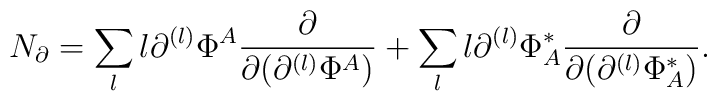
N_\partial=\sum_l l\partial^{(l)}\Phi^A\frac{\partial}{\partial (\partial^{(l)}\Phi^A )}+\sum_l l\partial^{(l)}\Phi^*_A\frac{\partial}{\partial (\partial^{(l)}\Phi^*_A )}.